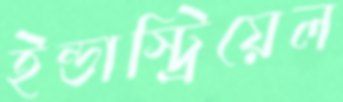
ইন্ডাস্ট্রিয়েল